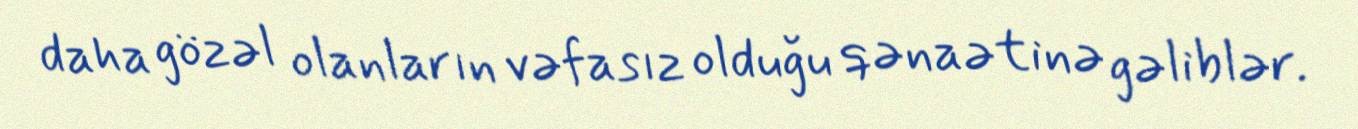
daha gözəl olanların vəfasız olduğu qənaətinə gəliblər.